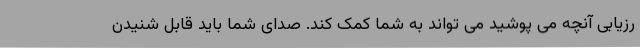
رزیابی آنچه می پوشید می تواند به شما کمک کند. صدای شما باید قابل شنیدن